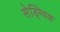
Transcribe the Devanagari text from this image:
सेड्ग्विक